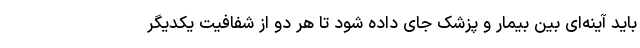
باید آینه‌ای بین بیمار و پزشک جای داده شود تا هر دو از شفافیت یکدیگر